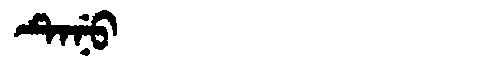
Manchu: ᡨᡝᠨᡠ
Romanization: TENU